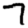
Digit: 7